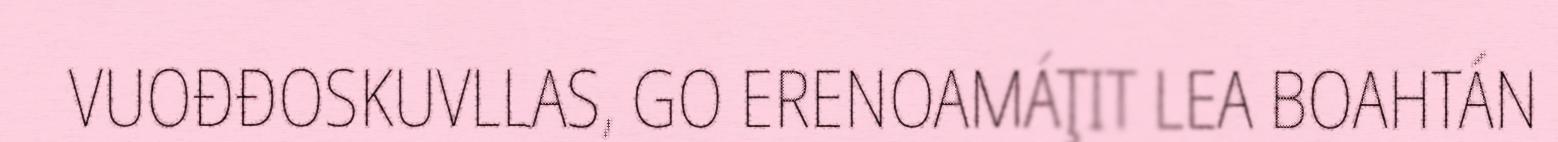
VUOĐĐOSKUVLLAS, GO ERENOAMÁŢIT LEA BOAHTÁN